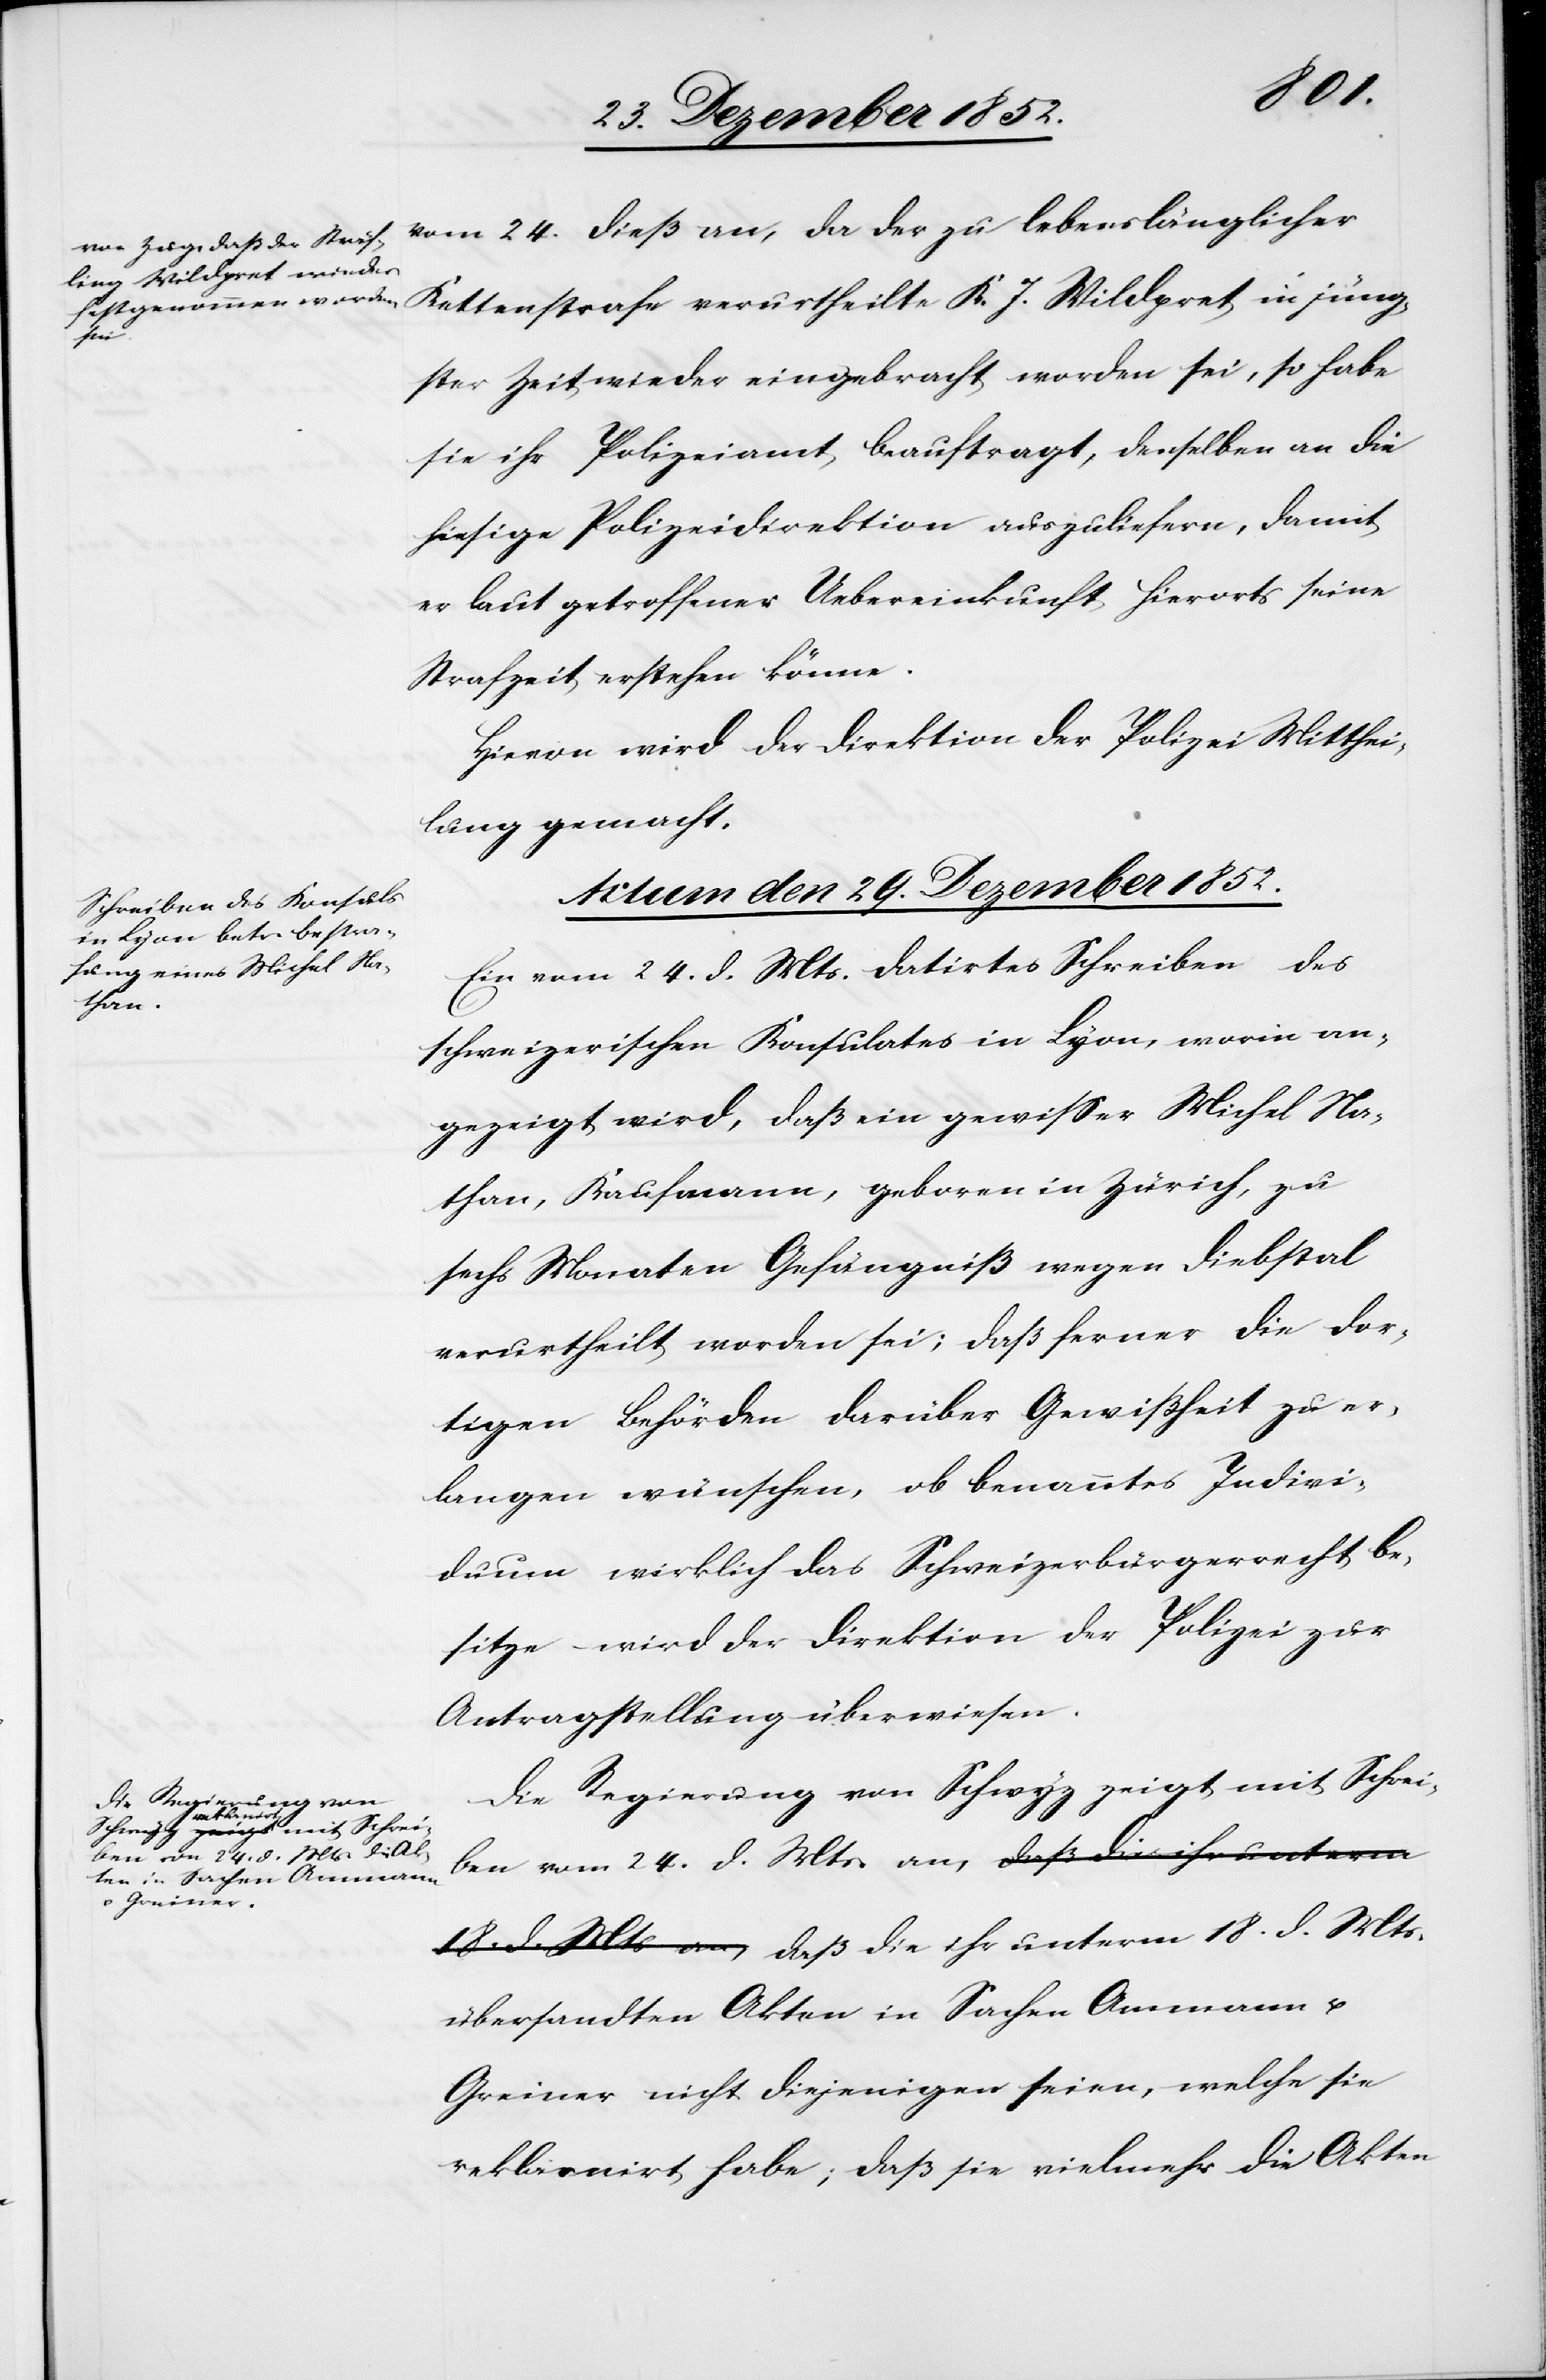
Mts.
lebenslänglicher Kettenstrafe verurtheilte K. J. Wildpret in jüng¬
ster Zeit wieder eingebracht worden sei, so habe
sie ihr Polizeiamt beauftragt, denselben an die
hiesige Polizeidirektion auszuliefern, damit
er laut getroffener Uebereinkunft hierorts seine
Strafzeit erstehen könne.
Hievon wird der Direktion der Polizei Mitthei¬
lung gemacht.
Actum den 29. Dezember 1852.]
Ein vom 24. d. Mts. datirtes Schreiben des
an,
schweizerischen Konsulates in Lyon, worin an¬
gezeigt wird, daß ein gewisser Michel Na¬
than, Kaufmann, geboren in Zürich, zu
sechs Monaten Gefängniß wegen Diebstal
verurtheilt worden sei; daß ferner die dor¬
tigen Behörden darüber Gewißheit zu er¬
langen wünschen, ob benanntes Indivi¬
duum wirklich das Schweizerbürgerrecht be¬
sitze – wird der Direktion der Polizei zur
Antragstellung überwiesen.
Die Regierung von Schwyz zeigt mit Schrei¬
ben vom 24. d. Mts. an, daß die ihr unterm
übersandten Akten in Sachen Ammann u.
Greiner nicht diejenigen seien, welche sie
reklamirt habe; daß sie vielmehr die Akten